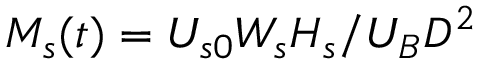
M _ { s } ( t ) = U _ { s 0 } W _ { s } H _ { s } / U _ { B } D ^ { 2 }